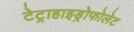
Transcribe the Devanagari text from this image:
टेट्राहाइड्रोफोलेट